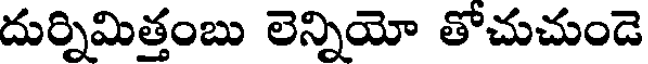
దుర్నిమిత్తంబు లెన్నియో తోచుచుండె